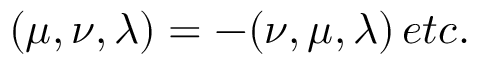
( \mu , \nu , \lambda ) = - ( \nu , \mu , \lambda ) \, e t c .